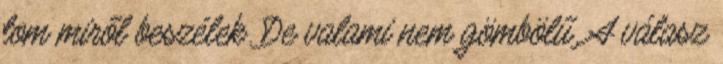
tom miről beszélek. De valami nem gömbölű. A válasz